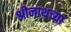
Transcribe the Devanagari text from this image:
श्रीनाथच्या